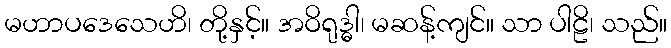
မဟာပဒေသေဟိ၊ တို့နှင့်။ အဝိရုဒ္ဓါ၊ မဆန့်ကျင်။ သာ ပါဠိ၊ သည်။